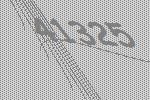
41325